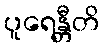
ပူရေန္တီတိ